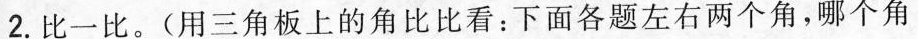
2.比一比。(用三角板上的角比比看：下面各题左右两个角，哪个角